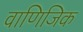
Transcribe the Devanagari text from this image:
वाणिजिक